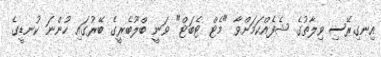
އިނގިރޭސި ވިލާތުގެ ޝެފެއްކަމަށްވާ "މެޓް ޓެބަޓް" ވަނީ ބްލޫބެރީގެ ބޭރުގައި ހުންނަ ކުނޑީގެ